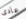
عادى